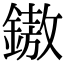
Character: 𨫼